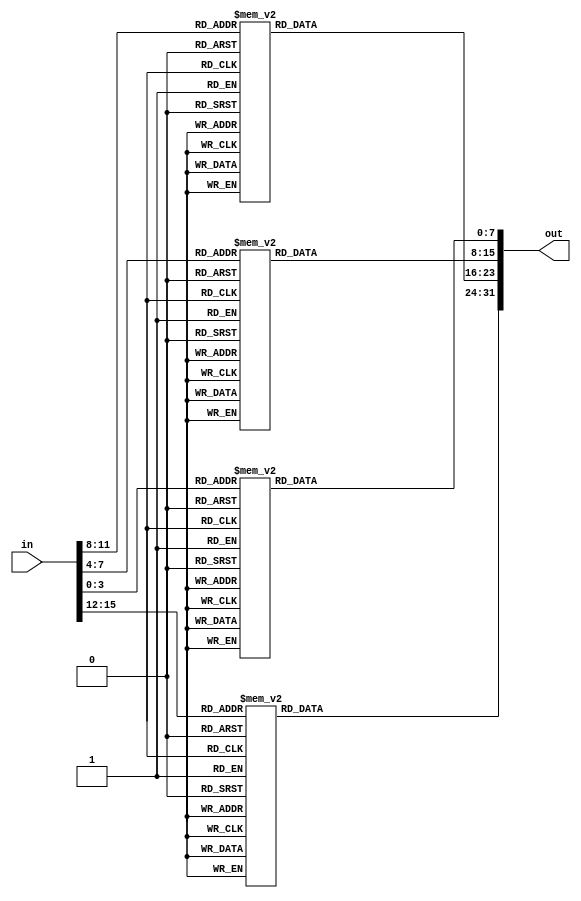
module bin_to_asc_hex (in,out);

parameter METHOD = 1;
parameter WIDTH = 16;

localparam PAD_BITS = (WIDTH % 4) == 0 ? 0 : (4-(WIDTH%4));
localparam PADDED_WIDTH = WIDTH + PAD_BITS;
localparam NYBBLES = PADDED_WIDTH >> 2;

input [WIDTH-1:0] in;	
output [8*NYBBLES-1:0] out;

wire [PADDED_WIDTH-1:0] padded_in = {{PAD_BITS {1'b0}},in};

genvar i;
generate
	for (i=0; i<NYBBLES; i=i+1)
	begin : h
		wire [3:0] tmp_in = padded_in [4*(i+1)-1:4*i];
	
		if (METHOD == 0) begin
			// C style comparison.
			wire [7:0] tmp_out;
			assign tmp_out = (tmp_in < 10) ? ("0" | tmp_in) : ("A" + tmp_in - 10);
			assign out [8*(i+1)-1:8*i] = tmp_out;
		end
		else begin
			/////////////////////////////////////
			// METHOD = 1 is an equivalent case 
			//   statement, to make the minimizations 
			//   more obvious.
			/////////////////////////////////////
			reg [7:0] tmp_out;
			always @(tmp_in) begin
				case (tmp_in)
				   4'h0 : tmp_out = 8'b00110000;
				   4'h1 : tmp_out = 8'b00110001;
				   4'h2 : tmp_out = 8'b00110010;
				   4'h3 : tmp_out = 8'b00110011;
				   4'h4 : tmp_out = 8'b00110100;
				   4'h5 : tmp_out = 8'b00110101;
				   4'h6 : tmp_out = 8'b00110110;
				   4'h7 : tmp_out = 8'b00110111;
				   4'h8 : tmp_out = 8'b00111000;
				   4'h9 : tmp_out = 8'b00111001;
				   4'ha : tmp_out = 8'b01000001;
				   4'hb : tmp_out = 8'b01000010;
				   4'hc : tmp_out = 8'b01000011;
				   4'hd : tmp_out = 8'b01000100;
				   4'he : tmp_out = 8'b01000101;
				   4'hf : tmp_out = 8'b01000110;
				endcase
			end
			assign out [8*(i+1)-1:8*i] = tmp_out;
		end					
	end
endgenerate

endmodule